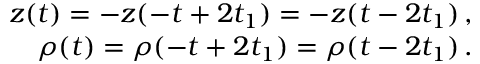
\begin{array} { r } { z ( t ) = - z ( - t + 2 t _ { 1 } ) = - z ( t - 2 t _ { 1 } ) \, , } \\ { \rho ( t ) = \rho ( - t + 2 t _ { 1 } ) = \rho ( t - 2 t _ { 1 } ) \, . } \end{array}